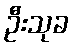
ဦးသုခ